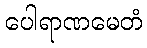
ပေါရာဏမေတံ